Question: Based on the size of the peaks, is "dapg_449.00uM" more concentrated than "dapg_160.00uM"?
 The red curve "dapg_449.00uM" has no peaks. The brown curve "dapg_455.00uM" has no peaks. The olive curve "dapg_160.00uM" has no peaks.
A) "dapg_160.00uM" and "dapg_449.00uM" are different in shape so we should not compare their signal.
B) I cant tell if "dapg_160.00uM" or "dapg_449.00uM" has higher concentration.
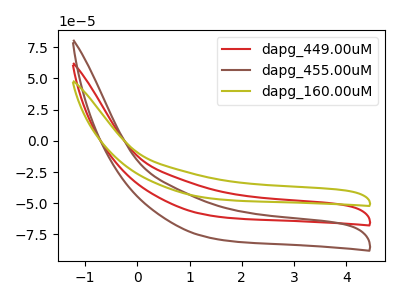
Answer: <think>Neither "dapg_160.00uM" or "dapg_449.00uM" have any peaks.
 </think>
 <answer>B) I cant tell if "dapg_160.00uM" or "dapg_449.00uM" has higher concentration.</answer>
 <eval>B</eval>